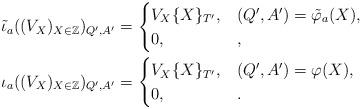
LaTeX: \begin{align*} \tilde{\iota}_a((V_X)_{X\in \mathbb{Z}})_{Q',A'} &= \begin{cases} V_X\{X\}_{T'}, & (Q', A') = \tilde{\varphi}_a(X), \\ 0, & , \end{cases} \\ \iota_a((V_X)_{X\in \mathbb{Z}})_{Q',A'} &= \begin{cases} V_X\{X\}_{T'}, & (Q', A') = \varphi(X), \\ 0, & . \end{cases}\end{align*}